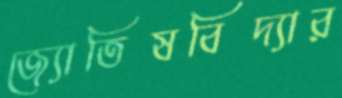
জ্যোতিষবিদ্যার